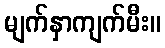
မျက်နှာကျက်မီး။